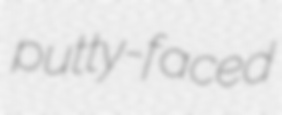
putty-faced